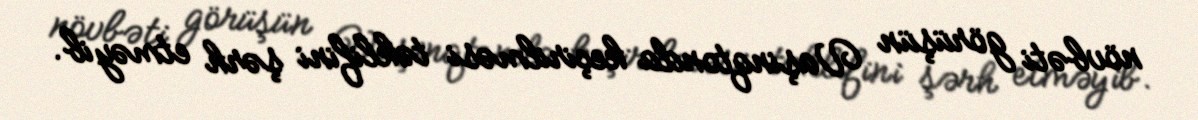
növbəti görüşün Vaşinqtonda keçirilməsi təklifini şərh etməyib.